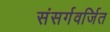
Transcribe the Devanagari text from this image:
संसर्गवर्जित